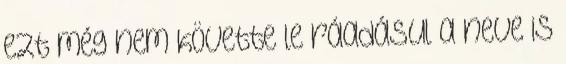
ezt még nem követte le ráadásul a neve is